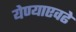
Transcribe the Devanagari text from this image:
येण्याएवढे